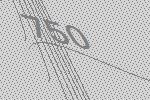
750